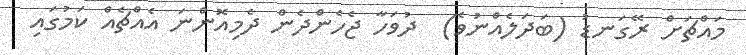
މައްޗަށް ރޭގަނޑު (ބަދަލެއްނުވެ)  ދުވަހާ ޖެހެންދެން ދެމިއޮންނަ އެއްޗެއް ކަމުގައި